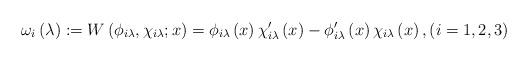
LaTeX: \begin{align*}\omega _{i}\left( \lambda \right) :=W\left( \phi _{i\lambda },\chi_{i\lambda };x\right) =\phi _{i\lambda }\left( x\right) \chi _{i\lambda}^{\prime }\left( x\right) -\phi _{i\lambda }^{\prime }\left( x\right) \chi_{i\lambda }\left( x\right) ,\left( i=1,2,3\right) \end{align*}